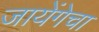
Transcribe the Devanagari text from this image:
जायेंगेचा